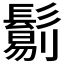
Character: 𩮜